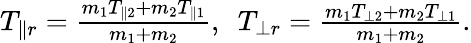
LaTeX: \begin{array}{r}{T_{\parallel r}=\frac{m_{1}T_{\parallel 2}+m_{2}T_{\parallel 1}}{m_{1}+m_{2}},~~T_{\perp r}=\frac{m_{1}T_{\perp 2}+m_{2}T_{\perp 1}}{m_{1}+m_{2}}.}\end{array}